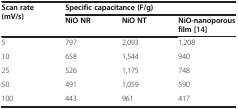
<table><thead><tr><td rowspan="2"><b>Scan rate (mV/s)</b></td><td colspan="3"><b>Specific capacitance (F/g)</b></td></tr><tr><td><b>NiO NR</b></td><td><b>NiO NT</b></td><td><b>NiO-nanoporous</b></td></tr><tr><td><b> </b></td><td><b> </b></td><td><b> </b></td><td><b>film [[14]]</b></td></tr></thead><tbody><tr><td>5</td><td>797</td><td>2,093</td><td>1,208</td></tr><tr><td>10</td><td>658</td><td>1,544</td><td>940</td></tr><tr><td>25</td><td>526</td><td>1,175</td><td>748</td></tr><tr><td>50</td><td>491</td><td>1,059</td><td>590</td></tr><tr><td>100</td><td>443</td><td>961</td><td>417</td></tr></tbody></table>